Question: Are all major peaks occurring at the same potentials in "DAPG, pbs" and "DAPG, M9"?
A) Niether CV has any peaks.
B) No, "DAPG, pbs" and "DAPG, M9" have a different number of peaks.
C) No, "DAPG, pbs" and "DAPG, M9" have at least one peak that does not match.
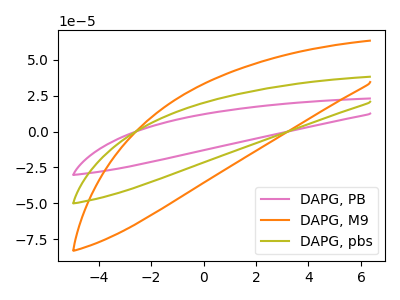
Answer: <think>The pink curve "DAPG, PB" has no peaks. The orange curve "DAPG, M9" has no peaks. The olive curve "DAPG, pbs" has no peaks.</think>
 <answer>A) Niether CV has any peaks.</answer>
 <eval>A</eval>